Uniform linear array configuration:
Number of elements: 32
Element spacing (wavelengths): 0.5
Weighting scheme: exponential
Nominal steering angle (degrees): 0
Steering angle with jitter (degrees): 1.007
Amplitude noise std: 0.05
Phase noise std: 0.05

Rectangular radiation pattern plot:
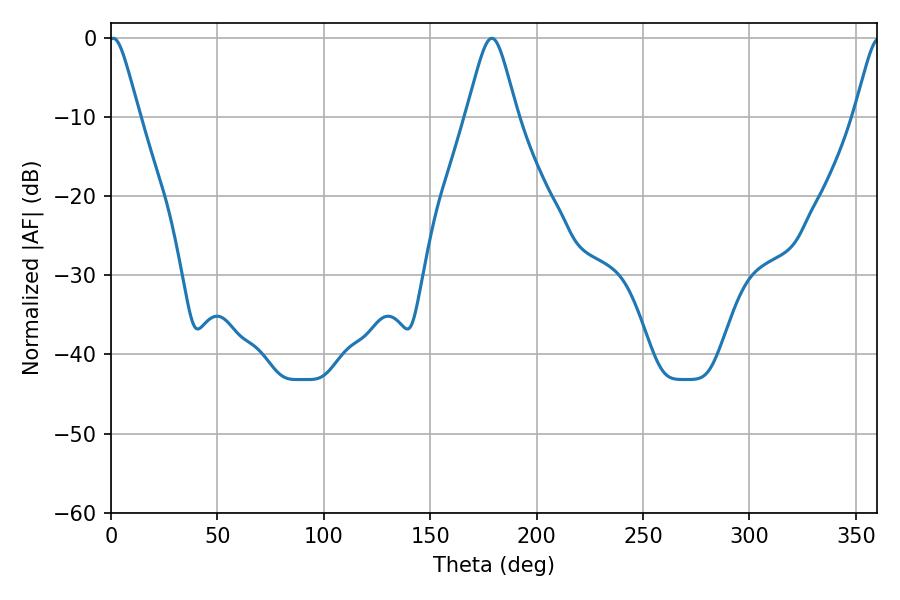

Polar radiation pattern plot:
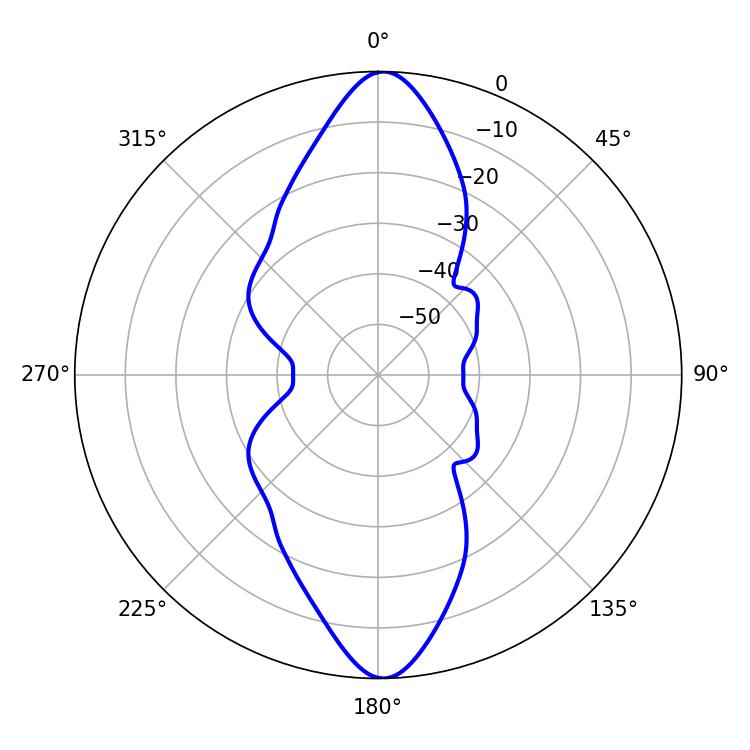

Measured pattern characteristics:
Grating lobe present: FALSE
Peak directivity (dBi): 25.134
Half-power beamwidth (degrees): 6.84
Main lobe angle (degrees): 1.08